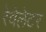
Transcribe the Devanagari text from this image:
रेवेलेटर